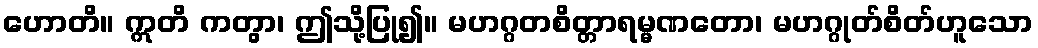
ဟောတိ။ ဣတိ ကတွာ၊ ဤသို့ပြု၍။ မဟဂ္ဂတစိတ္တာရမ္မဏတော၊ မဟဂ္ဂုတ်စိတ်ဟူသော